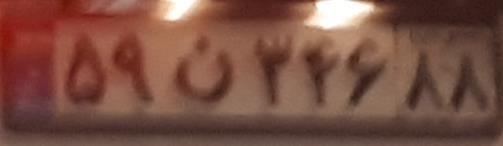
۵۹ن۳۴۶۸۸